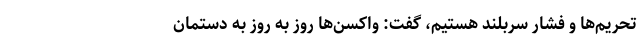
تحریم‌ها و فشار سربلند هستیم، گفت: واکسن‌ها روز به روز به دستمان